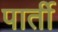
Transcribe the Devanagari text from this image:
पार्ती